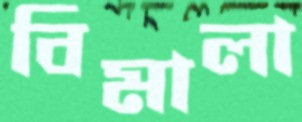
বিমালা